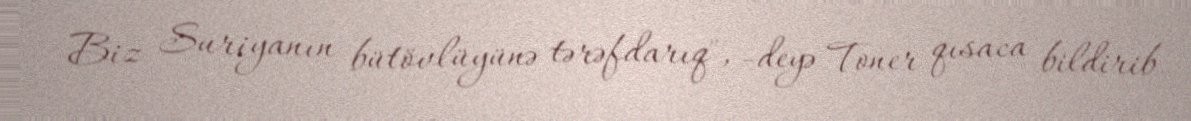
Biz Suriyanın bütövlüyünə tərəfdarıq", -deyə Toner qısaca bildirib.